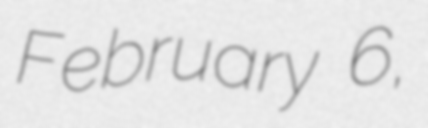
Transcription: February 6,